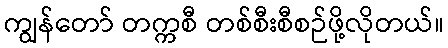
ကျွန်တော် တက္ကစီ တစ်စီးစီစဉ်ဖို့လိုတယ်။